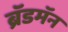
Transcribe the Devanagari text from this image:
ब्रॅडमॅन